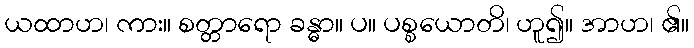
ယထာဟ၊ ကား။ စတ္တာရော ခန္ဓာ။ ပ။ ပစ္စယောတိ၊ ဟူ၍။ အာဟ၊ ၏။